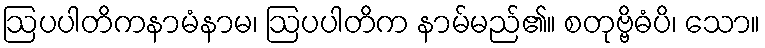
ဩပပါတိကနာမံနာမ၊ ဩပပါတိက နာမ်မည်၏။ စတုဗ္ဗိဓံပိ၊ သော။